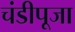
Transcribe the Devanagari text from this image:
चंडीपूजा